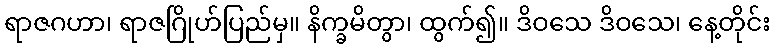
ရာဇဂဟာ၊ ရာဇဂြိုဟ်ပြည်မှ။ နိက္ခမိတွာ၊ ထွက်၍။ ဒိဝသေ ဒိဝသေ၊ နေ့တိုင်း